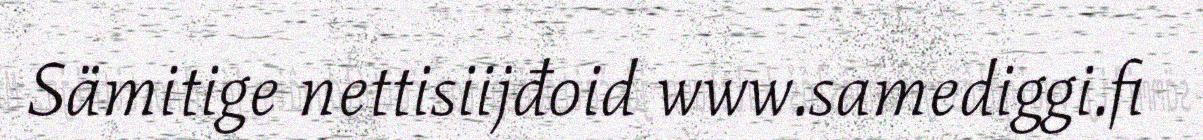
Sämitige nettisiijđoid www.samediggi.fi